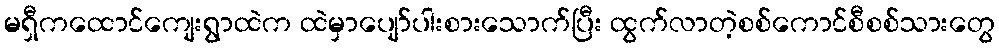
မရှီကထောင်ကျေးရွာထဲက ထဲမှာပျော်ပါးစားသောက်ပြီး ထွက်လာတဲ့စစ်ကောင်စီစစ်သားတွေ